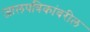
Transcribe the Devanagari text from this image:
जालपत्रिकांवरील